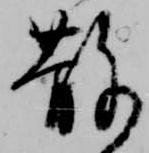
散